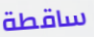
ساقطة